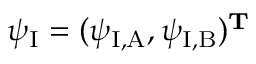
\psi _ { \mathrm { I } } = ( \psi _ { \mathrm { I , A } } , \psi _ { \mathrm { I , B } } ) ^ { \mathbf { T } }